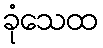
ခုံသေထ